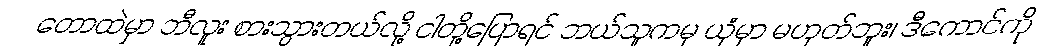
တောထဲမှာ ဘီလူး စားသွားတယ်လို့ ငါတို့ပြောရင် ဘယ်သူကမှ ယုံမှာ မဟုတ်ဘူး၊ ဒီကောင်ကို